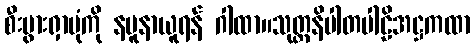
စီးပွားရှာပုံကို နမူနာယူရန် ဂါထာ။သုတ္တနိပါတပါဠိအဋ္ဌကထာ